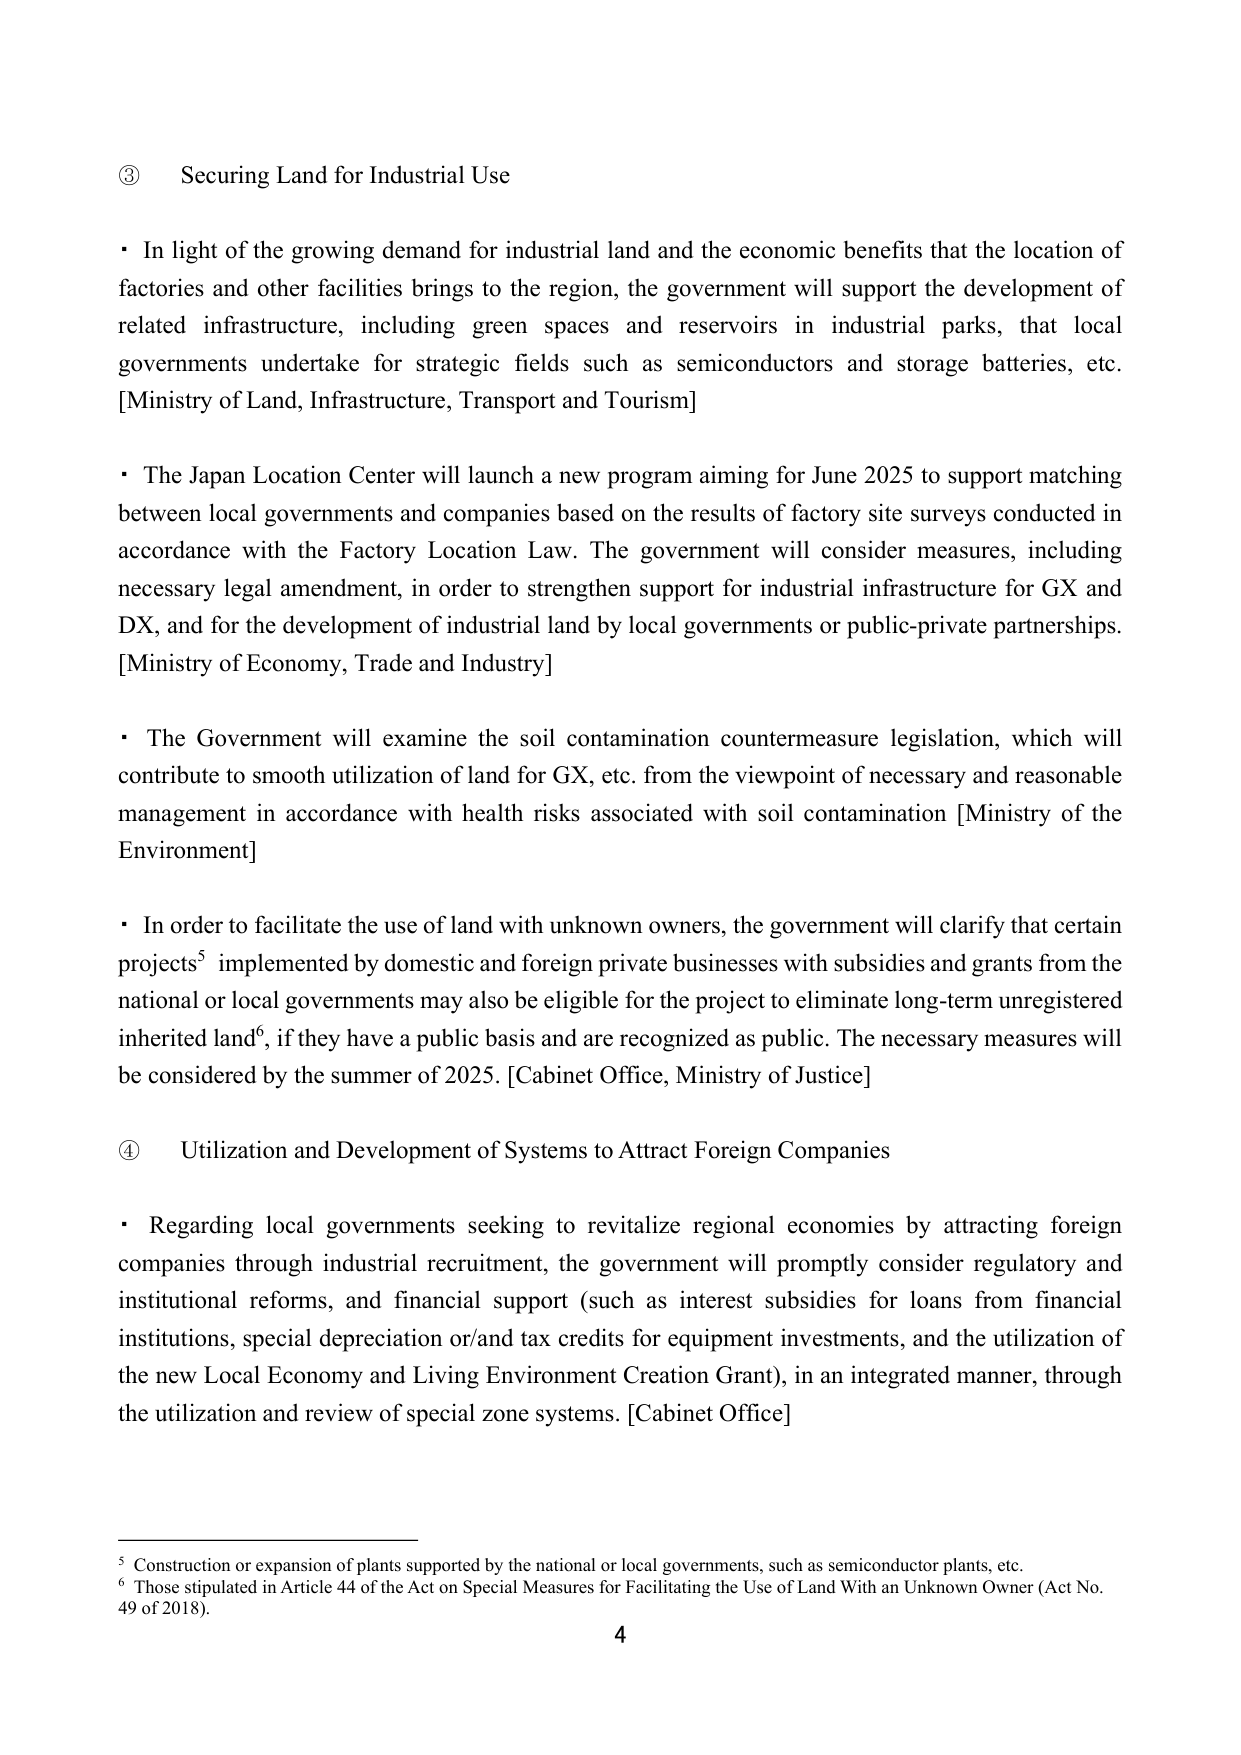
③ Securing Land for Industrial Use

• In light of the growing demand for industrial land and the economic benefits that the location of factories and other facilities brings to the region, the government will support the development of related infrastructure, including green spaces and reservoirs in industrial parks, that local governments undertake for strategic fields such as semiconductors and storage batteries, etc. [Ministry of Land, Infrastructure, Transport and Tourism]

• The Japan Location Center will launch a new program aiming for June 2025 to support matching between local governments and companies based on the results of factory site surveys conducted in accordance with the Factory Location Law. The government will consider measures, including necessary legal amendment, in order to strengthen support for industrial infrastructure for GX and DX, and for the development of industrial land by local governments or public-private partnerships. [Ministry of Economy, Trade and Industry]

• The Government will examine the soil contamination countermeasure legislation, which will contribute to smooth utilization of land for GX, etc. from the viewpoint of necessary and reasonable management in accordance with health risks associated with soil contamination [Ministry of the Environment]

• In order to facilitate the use of land with unknown owners, the government will clarify that certain projects⁵ implemented by domestic and foreign private businesses with subsidies and grants from the national or local governments may also be eligible for the project to eliminate long-term unregistered inherited land⁶, if they have a public basis and are recognized as public. The necessary measures will be considered by the summer of 2025. [Cabinet Office, Ministry of Justice]

④ Utilization and Development of Systems to Attract Foreign Companies

• Regarding local governments seeking to revitalize regional economies by attracting foreign companies through industrial recruitment, the government will promptly consider regulatory and institutional reforms, and financial support (such as interest subsidies for loans from financial institutions, special depreciation or/and tax credits for equipment investments, and the utilization of the new Local Economy and Living Environment Creation Grant), in an integrated manner, through the utilization and review of special zone systems. [Cabinet Office]

⁵ Construction or expansion of plants supported by the national or local governments, such as semiconductor plants, etc.
⁶ Those stipulated in Article 44 of the Act on Special Measures for Facilitating the Use of Land With an Unknown Owner (Act No. 49 of 2018).

4